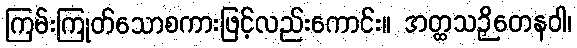
ကြမ်းကြုတ်သောစကားဖြင့်လည်းကောင်း။ အတ္ထသဉှိတေနဝါ၊